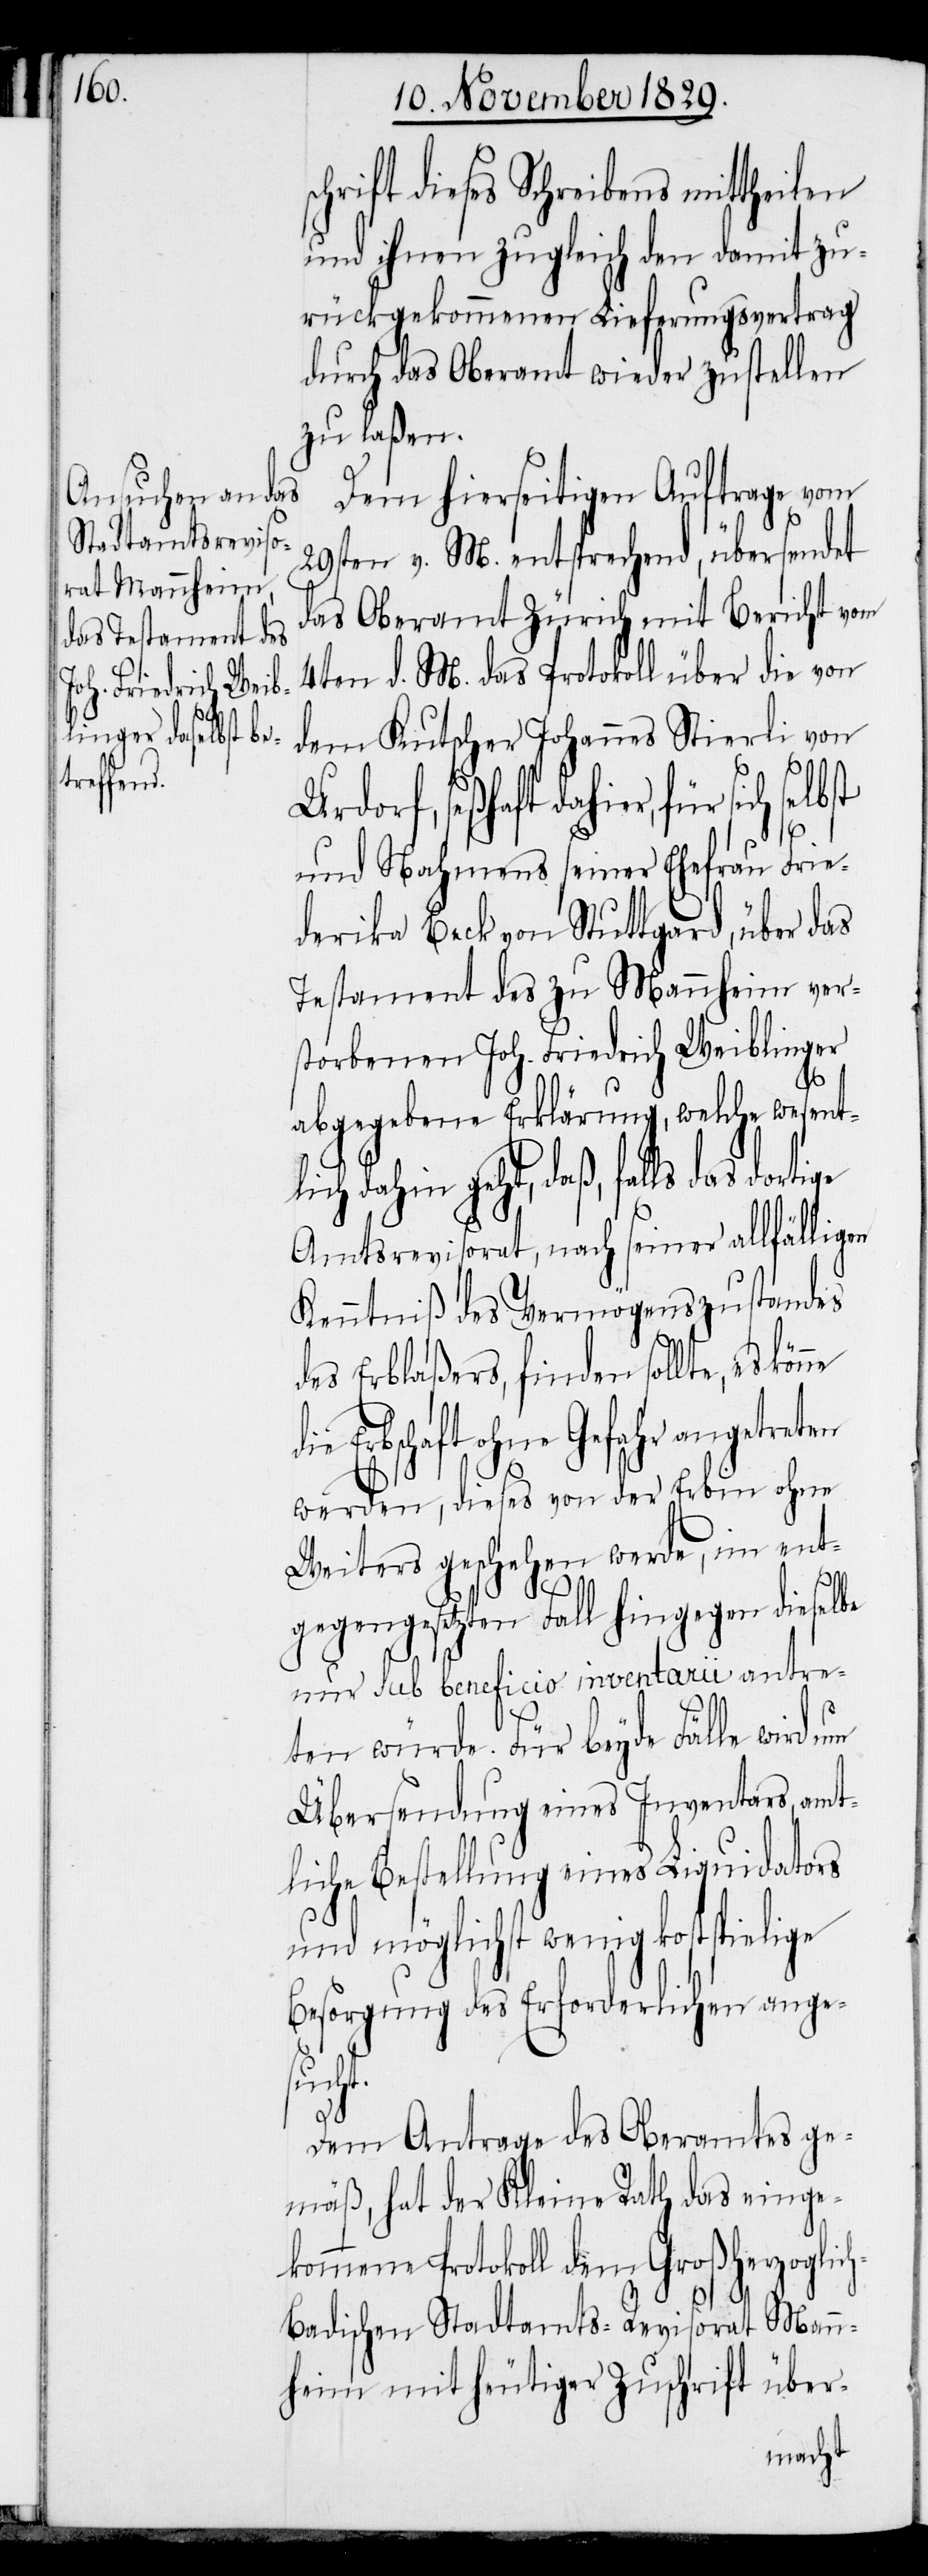
chrift dieses Schreibens mittheilen
und ihnen zugleich den damit zu¬
rückgekommenen Lieferungsvertrag
durch das Oberamt wieder zustellen
zu laßen.
Dem hierseitigen Auftrage vom
29sten vom entsprechend, übersendet
das Oberamt Zürich mit Bericht vom
4ten d. M. das Protokoll über die von
dem Kutscher Johannes Stierli von
r, für sich selbst
t.
und Nahmens seiner Ehefrau Fre¬
derika Beck von Stuttgard, über das
Testament des zu Manheim ver¬
storbenen Joh. Friedrich Weiblinger
abgegebene Erklärung, welche wesent¬
dahin geht, daß, falls das
Amtsrevisorat, nach seiner allfälligen
Kenntniß des Vermögenszustandes
des Erblaßers, finden sollte, es
Erbschaft ohne Gefahr angetreten
werden, dieses von der Erbin ohne
Weiters geschehen werde, im ent¬
gegengesetzten Fall hingegen dieselbe
nur sub beneficio inventarii antre¬
ten würde. Für beyde Fälle wird um
Übersendung eines Inventars, amt¬
liche Bestellung eines Liquidators
und möglichst wenig kostspielige
Besorgung des Erforderlichen ange¬
such¬
Dem Antrage des Oberamtes ge¬
mäß, hat der Kleine Rath das einge¬
kommene Protokoll dem Großherzoglic¬
h-Badischen Stadtamts-Revisorat Man¬
nheim mit heutiger Zuschrift über-